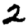
Digit: 2